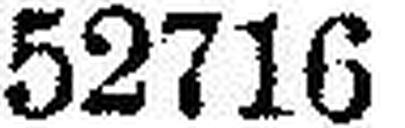
52716